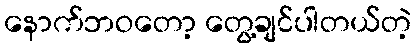
နောက်ဘဝတော့ တွေ့ချင်ပါတယ်တဲ့